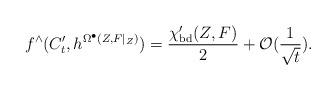
LaTeX: \begin{align*} f^{\wedge}(C'_{t}, h^{\Omega^{\bullet}(Z,F|_{Z})})=\frac{\chi'_{\rm bd}(Z, F)}{2}+\mathcal{O}(\frac{1}{\sqrt{t}}).\end{align*}